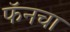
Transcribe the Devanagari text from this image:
फॅनचा